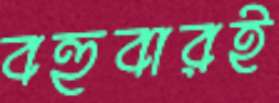
বহুবারই